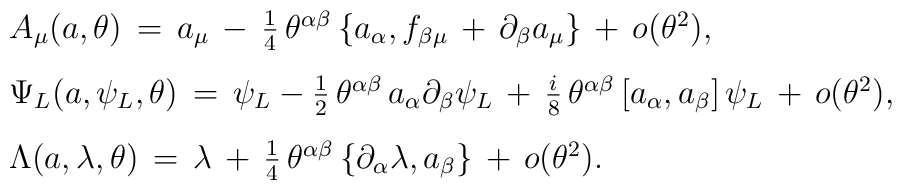
\begin{array}{l}{A_{\mu}(a,\theta)\,=\,a_\mu\,-\,\frac{1}{4}\,\theta^{\alpha\beta}\,\{a_{\alpha},f_{\beta\mu}\,+\,\partial_{\beta} a_{\mu}\}\,+\,o(\theta^2),}\\[9pt]{\Psi_L(a,\psi_L,\theta)\,=\,\psi_L-\frac{1}{2}\,\theta^{\alpha\beta}\,a_{\alpha}\partial_{\beta}\psi_L\,+\,\frac{i}{8}\,\theta^{\alpha\beta}\,[a_{\alpha},a_{\beta}]\,\psi_L\,+\,o(\theta^2),}\\[9pt]{\Lambda(a,\lambda,\theta)\,=\,\lambda\,+\,\frac{1}{4}\,\theta^{\alpha\beta}\,\{\partial_{\alpha}\lambda,a_{\beta}\}\,+\,o(\theta^2).}\\[9pt]\end{array}